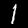
Digit: 1